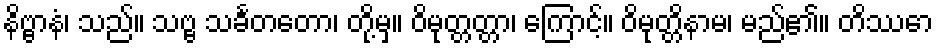
နိဗ္ဗာနံ၊ သည်။ သဗ္ဗ သင်္ခတတော၊ တို့မှ။ ဝိမုတ္တတ္တာ၊ ကြောင့်။ ဝိမုတ္တိနာမ၊ မည်၏။ တိဿော